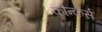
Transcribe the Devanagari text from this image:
कौन्कर्स